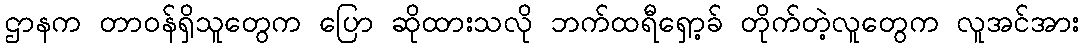
ဌာနက တာဝန်ရှိသူတွေက ပြော ဆိုထားသလို ဘက်ထရီရှော့ခ် တိုက်တဲ့လူတွေက လူအင်အား